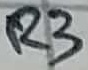
Text: R3